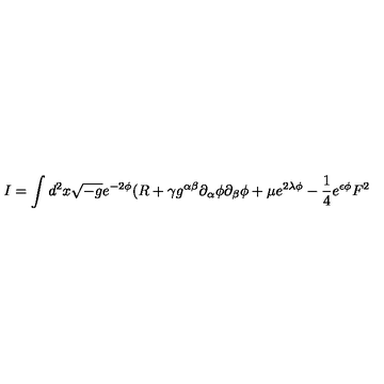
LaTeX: I = \int d ^ { 2 } x \sqrt { - g } e ^ { - 2 \phi } ( R + \gamma g ^ { \alpha \beta } \partial _ { \alpha } \phi \partial _ { \beta } { \phi } + \mu e ^ { 2 \lambda \phi } - \frac { 1 } { 4 } e ^ { \epsilon \phi } F ^ { 2 }